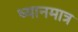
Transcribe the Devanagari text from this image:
ध्यानमात्र